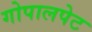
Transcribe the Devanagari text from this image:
गोपालपेट